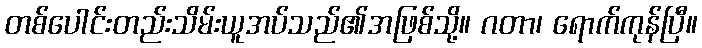
တစ်ပေါင်းတည်းသိမ်းယူအပ်သည်၏အဖြစ်သို့။ ဂတာ၊ ရောက်ကုန်ပြီ။